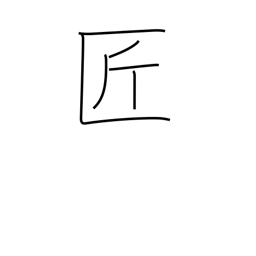
Meaning: artisan